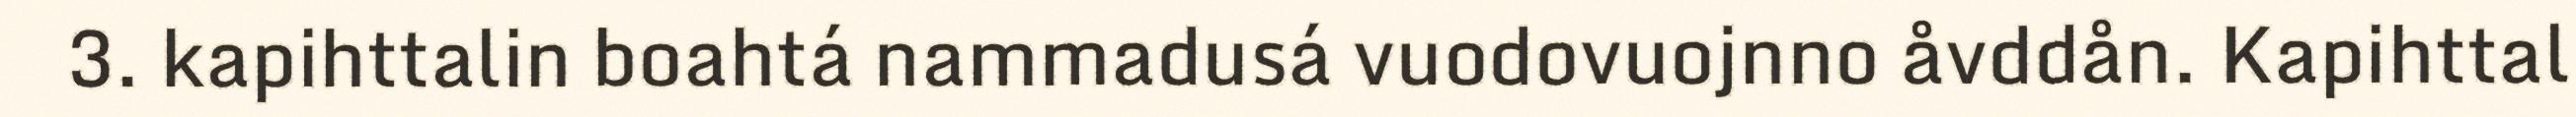
3. kapihttalin boahtá nammadusá vuodovuojnno åvddån. Kapihttal